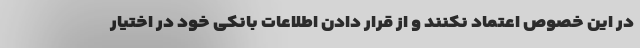
در این خصوص اعتماد نکنند و از قرار دادن اطلاعات بانکی خود در اختیار